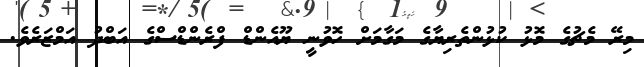
މިރޭ މެޗުގެ މޮޅު ކުޅުންތެރިޔާގެ މަގާމަށް ހޮވުނީ ޔޫއެންޑް ފްރެންޑްސްގެ އަބްދު އަމްޒަރެވެ.